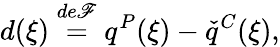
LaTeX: d(\xi)\overset{de\mathscr{F}}{=}q^{P}(\xi)-\check{{q}}^{C}(\xi),